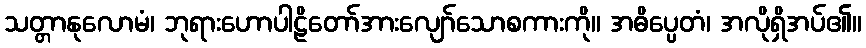
သတ္တာနုလောမံ၊ ဘုရားဟောပါဠိတော်အားလျော်သောစကားကို။ အဓိပ္ပေတံ၊ အလိုရှိအပ်၏။